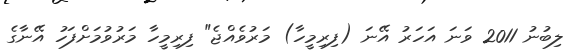
ލިބުނު 2011 ވަނަ އަހަރު އޭނަ (ފިރިމީހާ) މަރުވެއްޖެ" ފިރިމީހާ މަރުވުމަށްފަހު އޭނާގެ